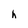
Character: h